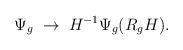
LaTeX: \begin{align*}\Psi_g \; \rightarrow \;H^{-1} \Psi_g (R_g H). \end{align*}